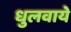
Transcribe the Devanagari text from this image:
धुलवाये